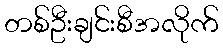
တစ်ဦးချင်းစီအလိုက်